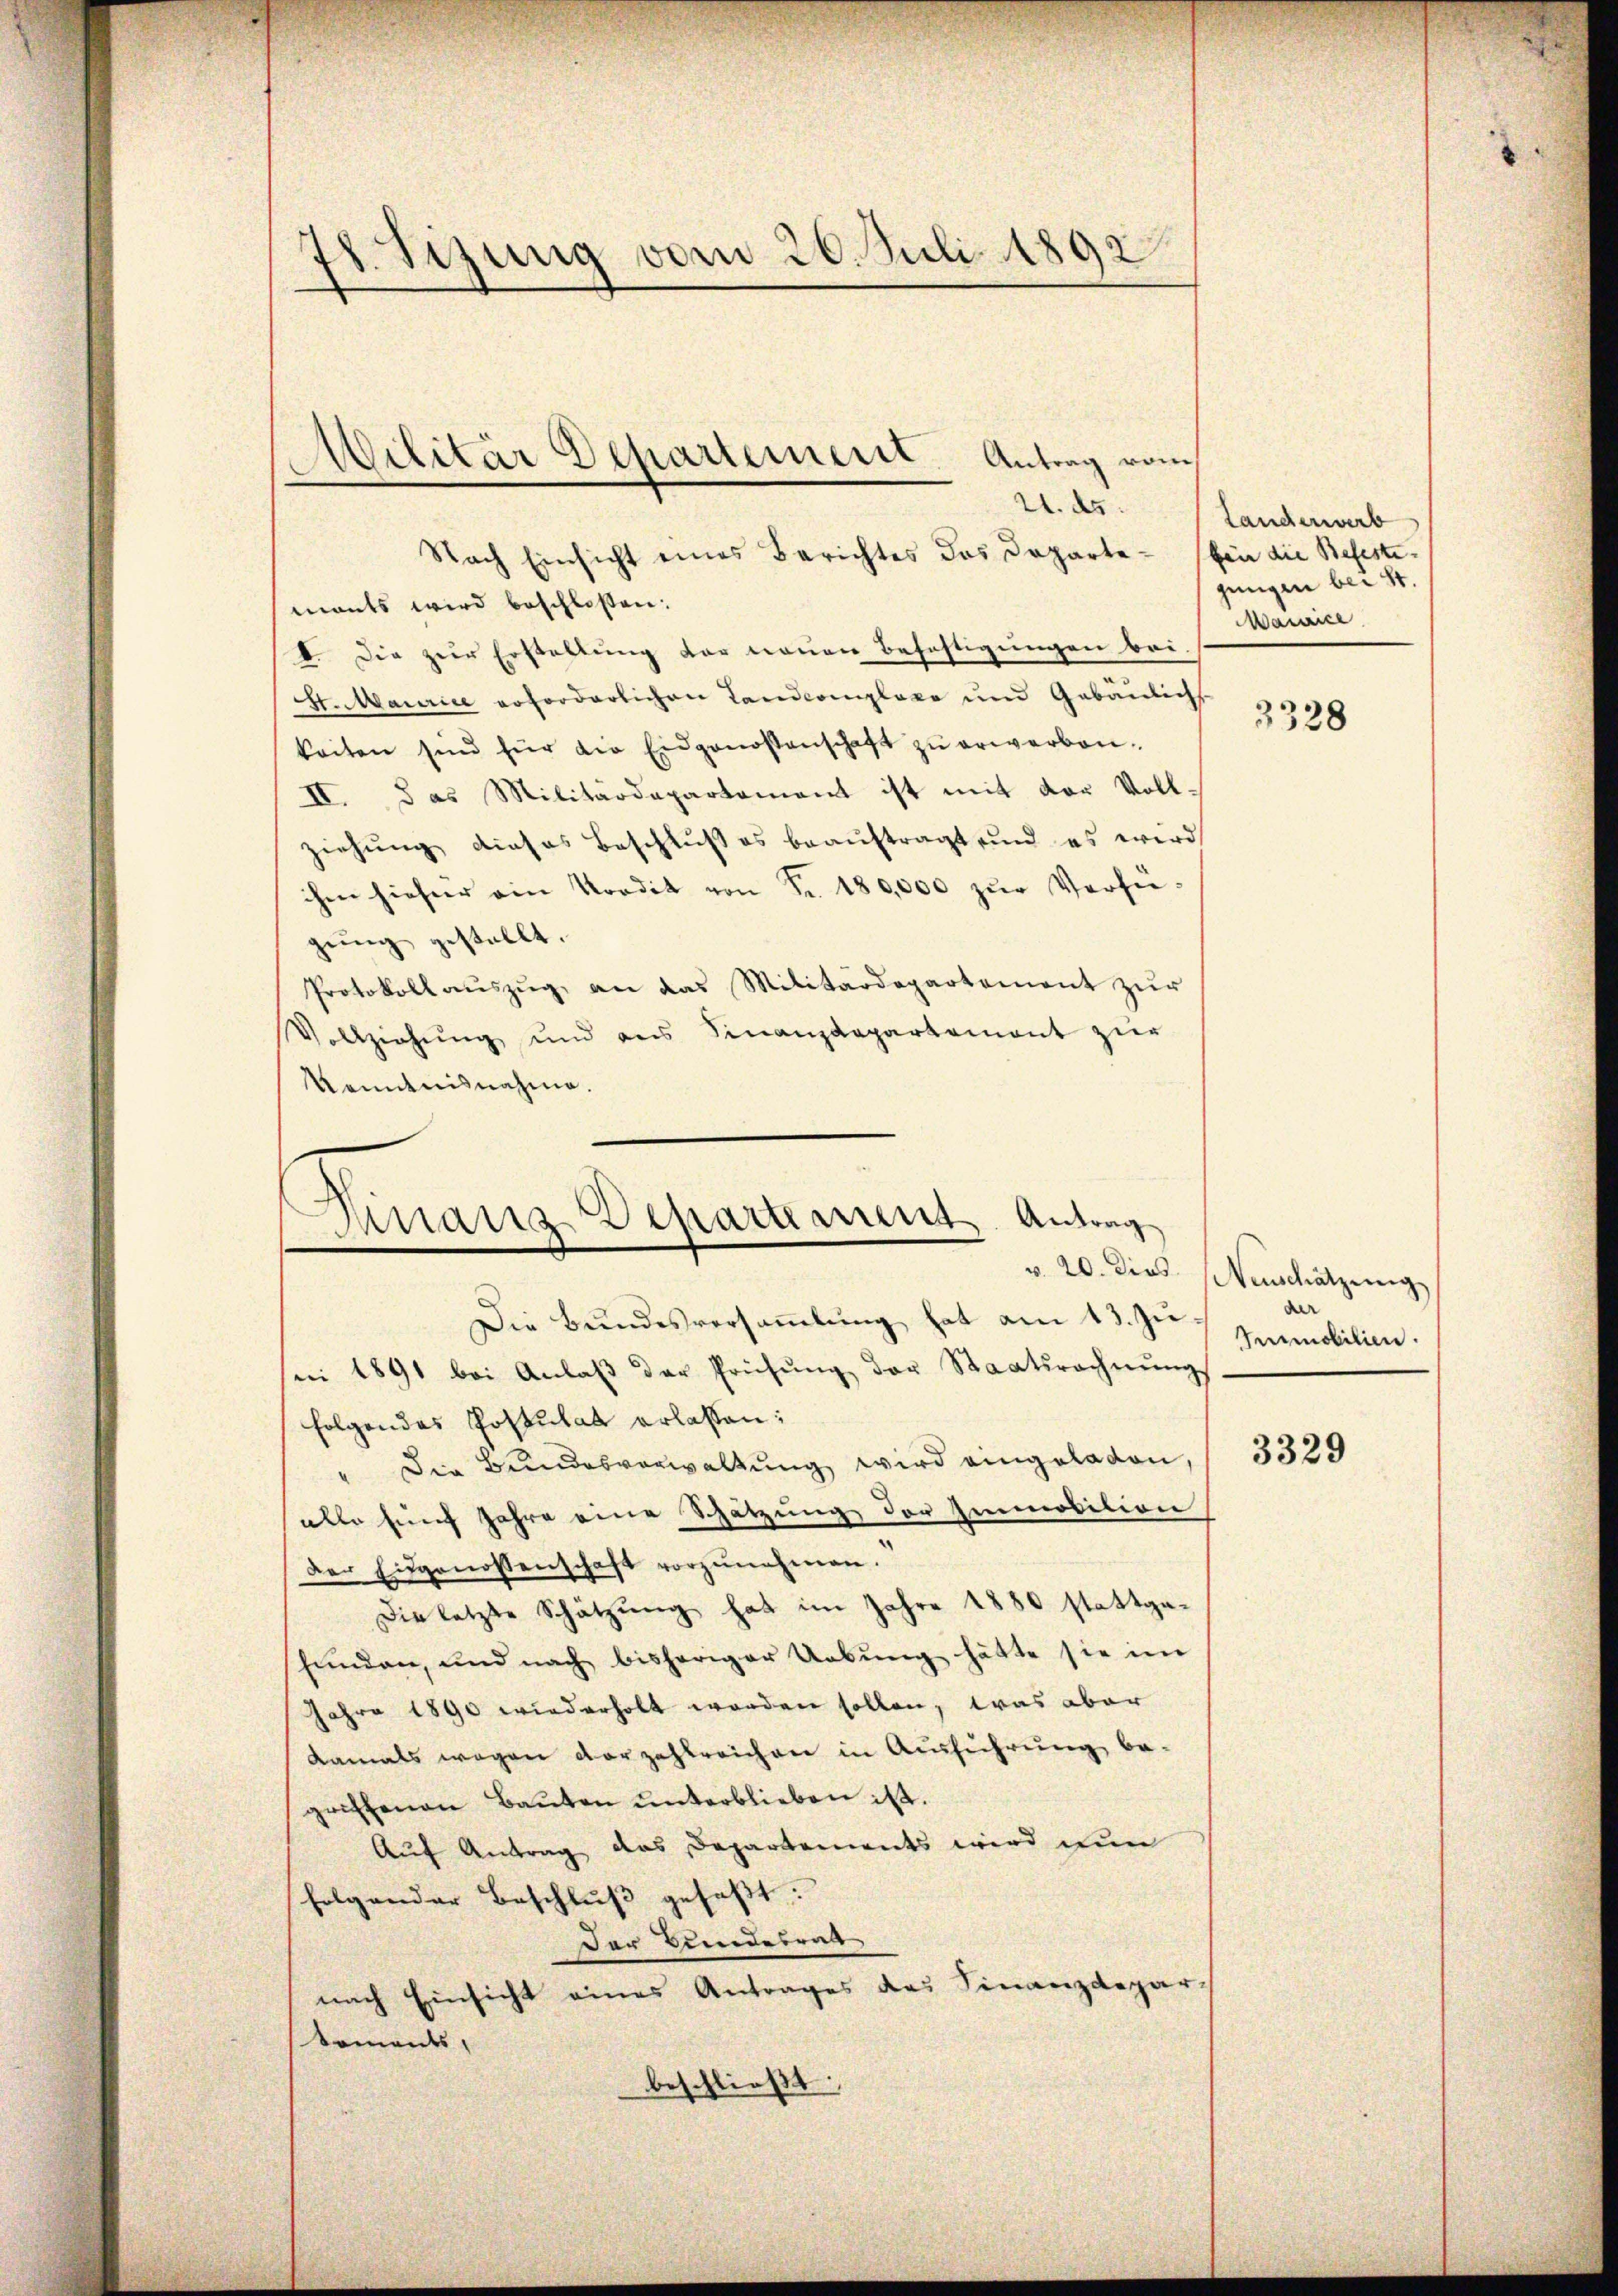
18. Sizung vom 26. Juli 1892

Nach Einsicht eines Berichtes das Departemants wird beschloßen:
I. Die zur Erstellung der neuen Befestigungen bei
St. Maurice erforderlichen Landcomplexe und Gebäulichs
keiten sind für die Eidgenossenschaft zŭ erwerben.
II. Das Militärdepartement ist mit vor Voll-
ziehŭng dieses Beschlŭβ es beaŭftragt und es wird
ihm hieher ein Vordit von Fr. 180,000 zŭr Versi-
gung gestellt.
Protokoll aŭszŭg an das Militärdepartement zŭr
Vollziehŭng und ans Sinanzdepartement zur
Kenntnisnahme.

Militär Departeiert Antrag vom
e
U. ds.

Finanz Departement. Antrag

Die Bundesversammlung hat am 13. Juse 1891 bei Anlaβ der Prüfŭng der Staatsrechnŭngs
folgendes Postulat erlassen:
" Die Bundesverwaltung wird eingeladen,
alle fünf Jahre eine Schätzung der Immosition
der Eidgenossenschaft vorzŭnehmen.
Die letzte Schätzung hat im Jahre 1880 stattgefunden, und nach bisheriger Uebŭng hätte sie im
Jahre 1890 wiederholt worden sollen, was aber
damals wegen vorzahlreichen in Ausführung be-
griffenen Bauten unterblieben ist.
Auf Antrag das Departements wird nun
folgender Beschluß gefaßt:
Der Bundesrat
nach Einsicht eines Antrages des Finanzdepar-
koments,
beschließt:

Landerwerb
ben die Befeste
jungen bei St.
Marvice

3328

v. 20. dies. Neuschätzung
der
Immobilien.

3329